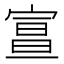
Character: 𡩦